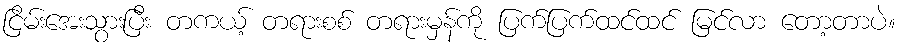
ငြိမ်းအေးသွားပြီး တကယ့် တရားစစ် တရားမှန်ကို ပြက်ပြက်ထင်ထင် မြင်လာ တော့တာပဲ။